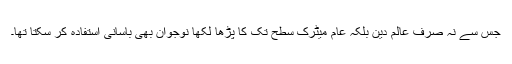
جس سے نہ صرف عالم دین بلکہ عام میٹرک سطح تک کا پڑھا لکھا نوجوان بھی بآسانی استفادہ کر سکتا تھا۔